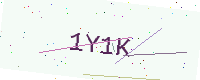
Text: 1Y1K